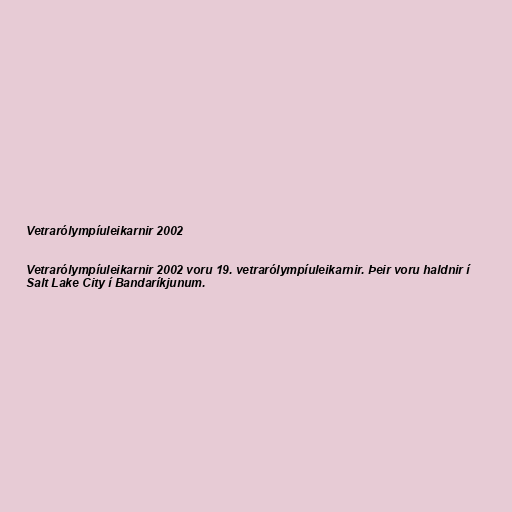
Vetrarólympíuleikarnir 2002

Vetrarólympíuleikarnir 2002 voru 19. vetrarólympíuleikarnir. Þeir voru haldnir í
Salt Lake City í Bandaríkjunum.